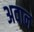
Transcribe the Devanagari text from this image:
अवान